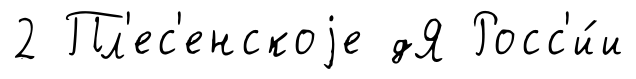
2 Пл'ес'енскоjе дЯ Росс'и́и